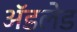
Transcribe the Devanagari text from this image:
अॅडलेड